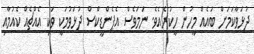
ދުޅަވާކަމަށް ބައެއް މީހުން ހީކުރެއެވެ. ނަމަވެސް އެޕެންޑީކްސް ދުޅަވުމަކީ ވަކި އެއްޗެއް ކެއުމާއި